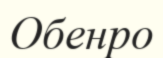
Обенро